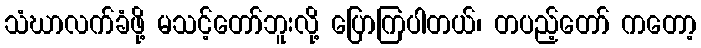
သံဃာလက်ခံဖို့ မသင့်တော်ဘူးလို့ ပြောကြပါတယ်၊ တပည့်တော် ကတော့